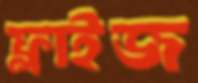
ফ্লাইজ